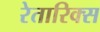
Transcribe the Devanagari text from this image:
रेतारिक्स